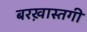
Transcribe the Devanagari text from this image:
बरख़ास्तगी